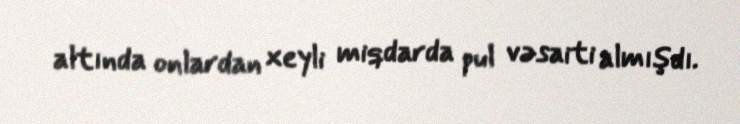
altında onlardan xeyli miqdarda pul vəsaiti almışdı.